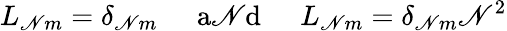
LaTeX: L_{\mathscr{N}m}=\delta_{\mathscr{N}m}\; \; \; \; \; \mathrm{{a\mathscr{N}d}}\; \; \; \; \; L_{\mathscr{N}m}=\delta_{\mathscr{N}m}\mathscr{N}^{2}